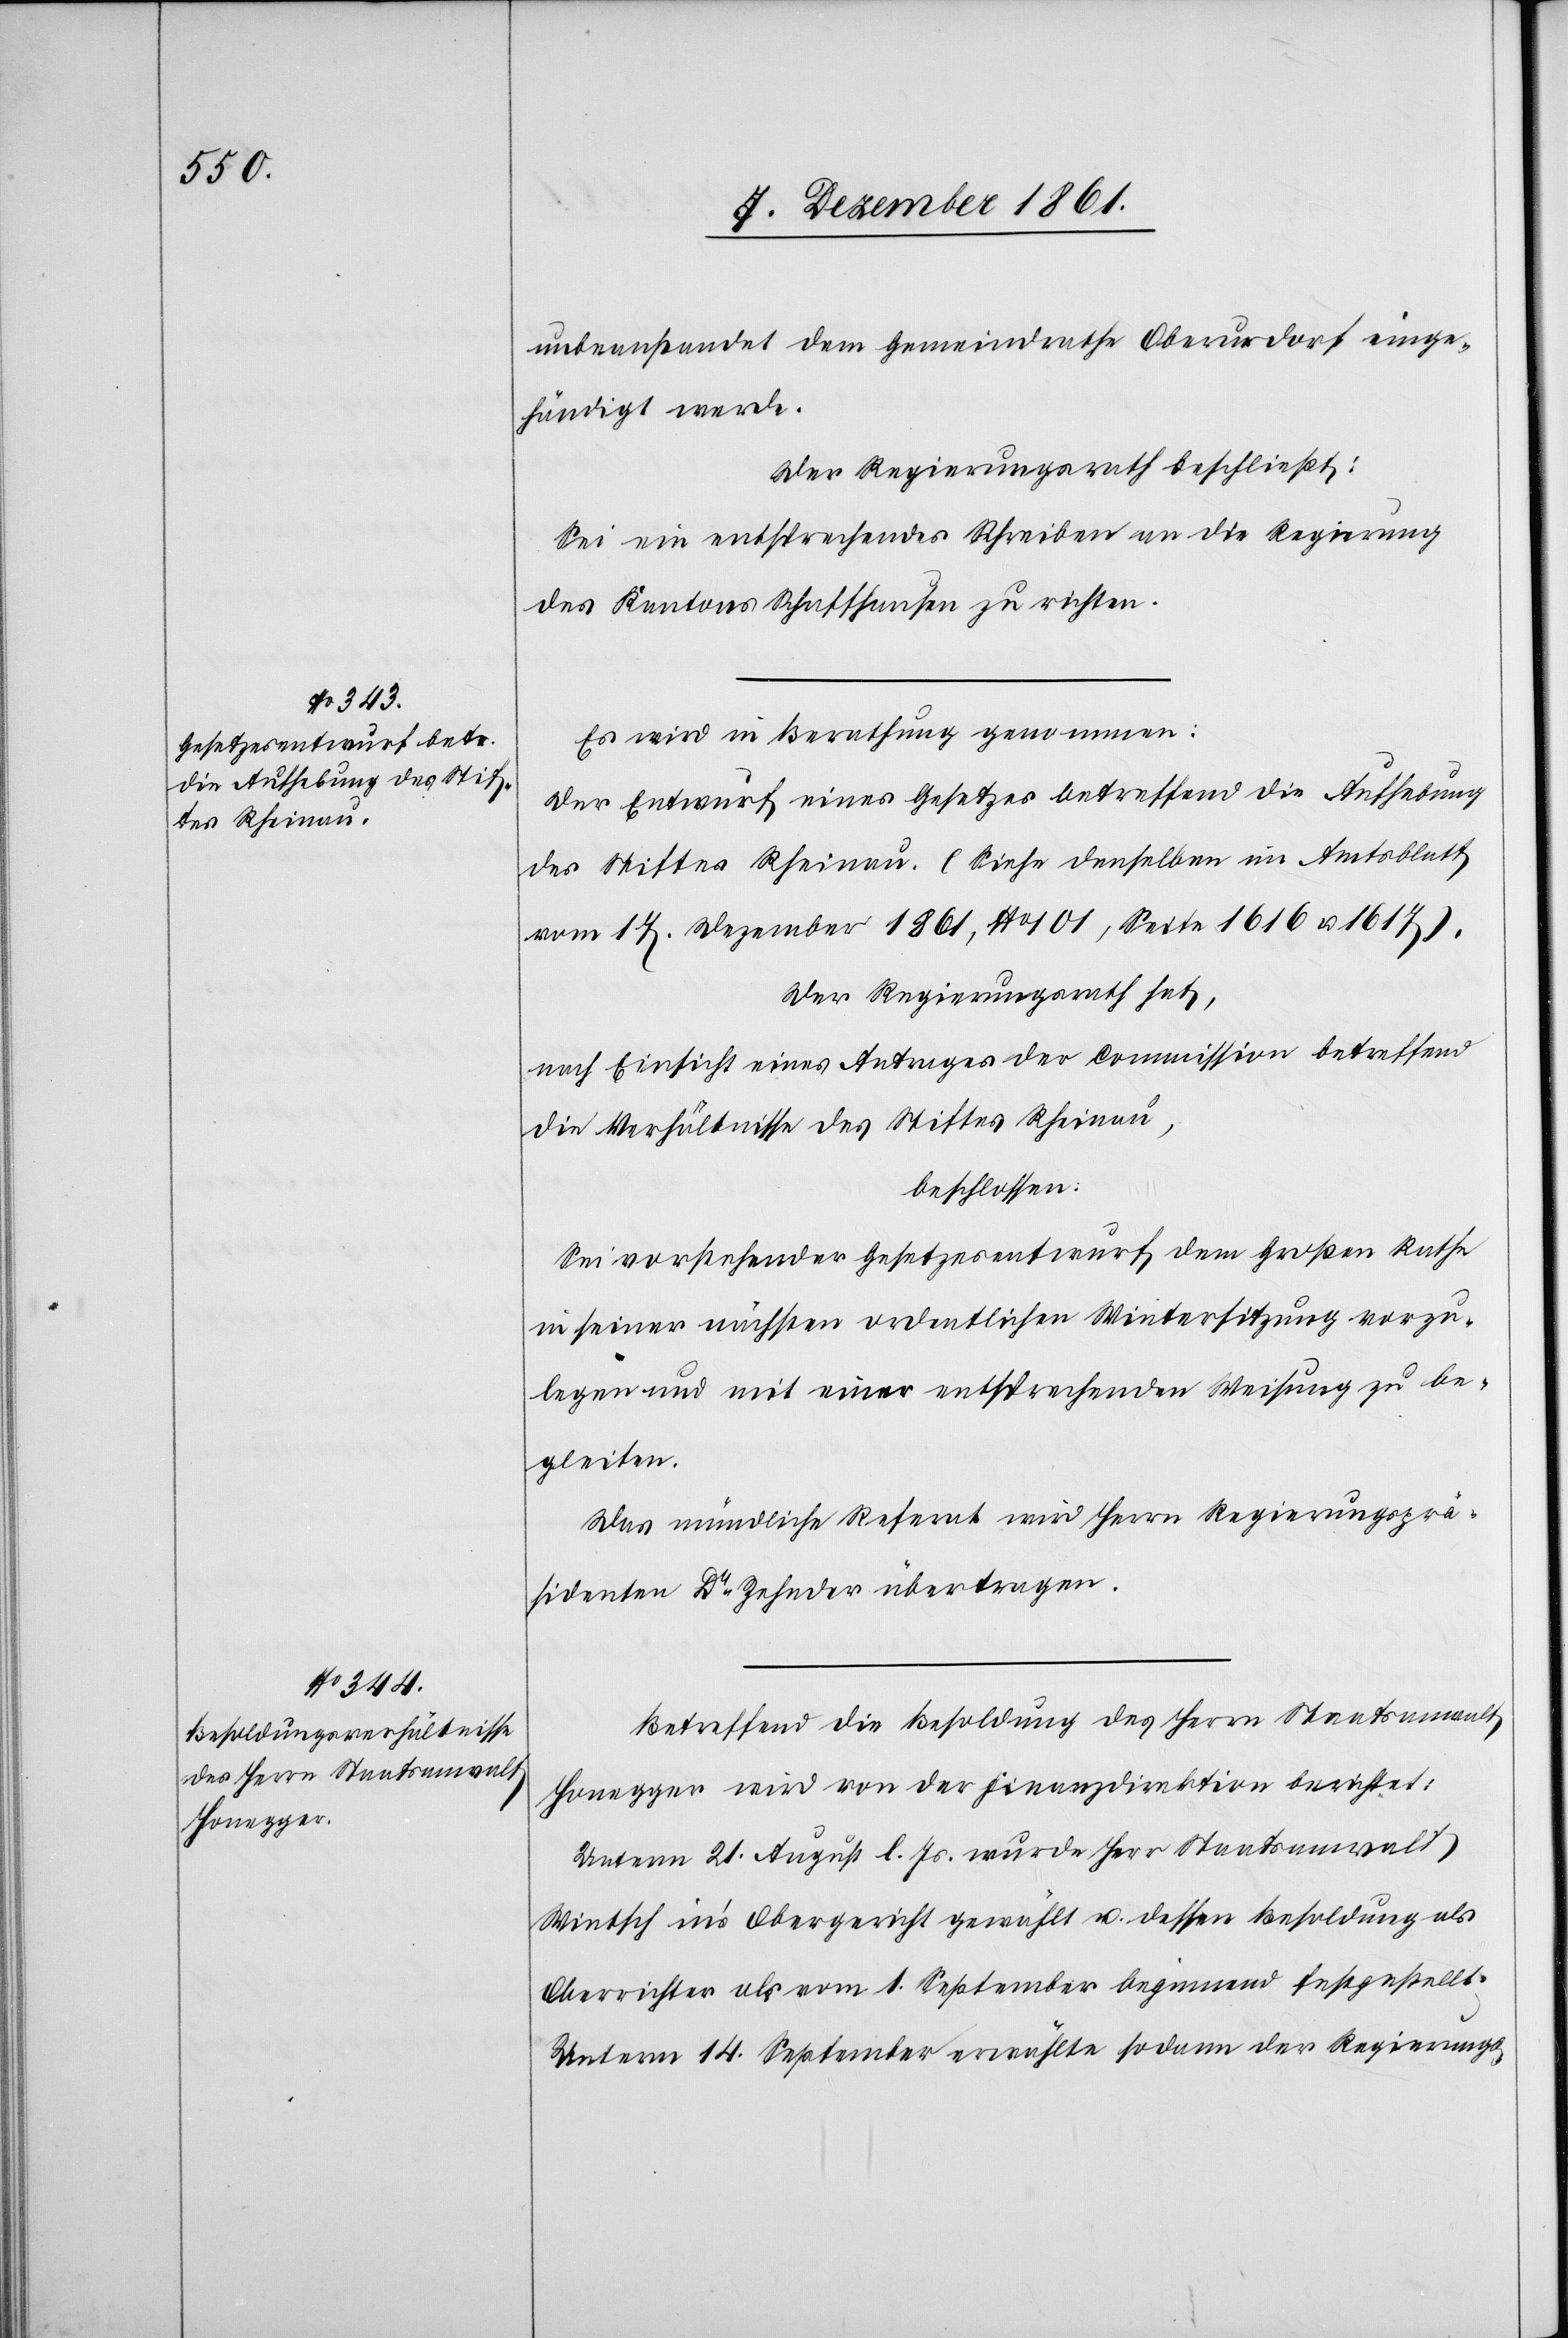
unbeansprucht dem Gemeindrathe Oberurdorf einge¬
händigt werde.
Der Regierungsrath beschließt:
Sei ein entsprechendes Schreiben an die Regierung
des Kantons Schaffhausen zu richten.
Es wird in Berathung genommen:
Der Entwurf eines Gesetzes betreffend die Aufhebung
des Stiftes Rheinau. (Siehe denselben im Amtsblatt
vom 17 Dezember 1861, No 01, Seite 1616 u. 1617).
Der Regierungsrath hat,
nach Einsicht eines Antrages der Commission betreffend
die Verhältnisse des Stiftes Rheinau,
beschlossen:
Sei vorstehender Gesetzesentwurf, dem Großen Rathe
in seiner nächsten ordentlichen Wintersitzung vorzu¬
legen und mit einer entsprechenden Weisung zu be¬
gleiten.
Das mündliche Referat wird Herrn Regierungsprä¬
sidenten Dr Zehnder übertragen.
Betreffend die Besoldung des Herrn Staatsanwalt
Honegger wird von der Finanzdirektion berichtet:
Unterm 21 August l. Js. wurde Herr Staatsanwalt
Wintsch in’s Obergericht gewählt u. dessen Besoldung als
Oberrichter als vom 1 September beginnend festgestellt.
Unterm 14 September erwählte sodann der Regierungs-